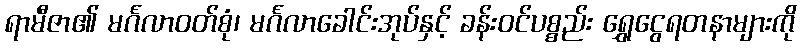
ရာမီဇာ၏ မင်္ဂလာဝတ်စုံ၊ မင်္ဂလာခေါင်းအုပ်နှင့် ခန်းဝင်ပစ္စည်း ရွှေငွေရတနာများကို